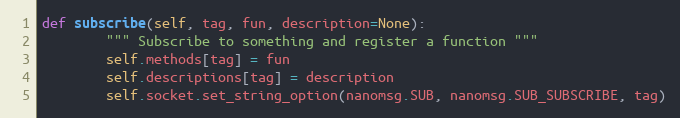
Language: Python
def subscribe(self, tag, fun, description=None):
        """ Subscribe to something and register a function """
        self.methods[tag] = fun
        self.descriptions[tag] = description
        self.socket.set_string_option(nanomsg.SUB, nanomsg.SUB_SUBSCRIBE, tag)